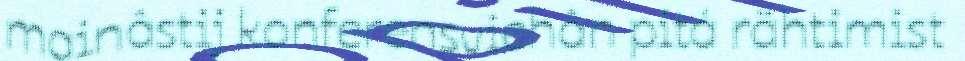
mainâstij konferensviehân pitá rähtimist